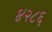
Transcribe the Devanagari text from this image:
४२८६